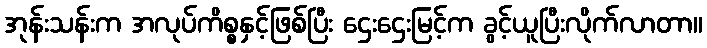
အုန်းသန်းက အလုပ်ကိစ္စနှင့်ဖြစ်ပြီး ဌေးဌေးမြင့်က ခွင့်ယူပြီးလိုက်လာတာ။